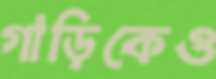
গাড়িকেও